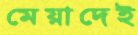
মেয়াদেই